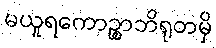
မယူရကောဉ္စာဘိရုတမှိ